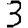
Digit: 3